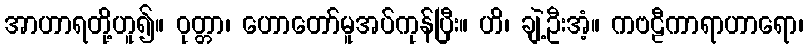
အာဟာရတို့ဟူ၍။ ဝုတ္တာ၊ ဟောတော်မူအပ်ကုန်ပြီး။ ဟိ၊ ချဲ့ဦးအံ့။ ကဗဠီကာရာဟာရော၊